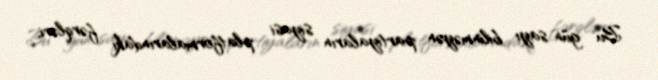
Bu gün sayı bilinməyən partiyaların siyasi platformalarındakı fərqləri,